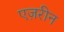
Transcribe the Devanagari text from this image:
एज़रीन